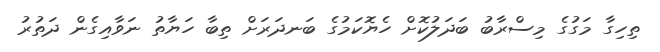
ތިހިގާ މަގުގެ މިސްރާބު ބަދަލުކޮށް ހެޔޮކަމުގެ ބަނދަރަށް ތިބާ ހަޔާތު ނަވާއިގެން ދަތުރު